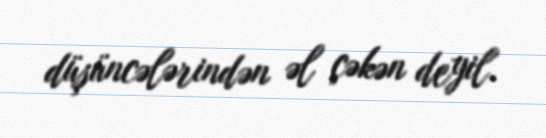
düşüncələrindən əl çəkən deyil.